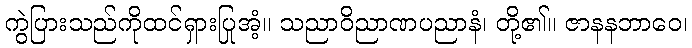
ကွဲပြားသည်ကိုထင်ရှားပြုအံ့။ သညာဝိညာဏပညာနံ၊ တို့၏။ ဇာနနဘာဝေ၊